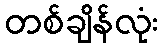
တစ်ချိန်လုံး